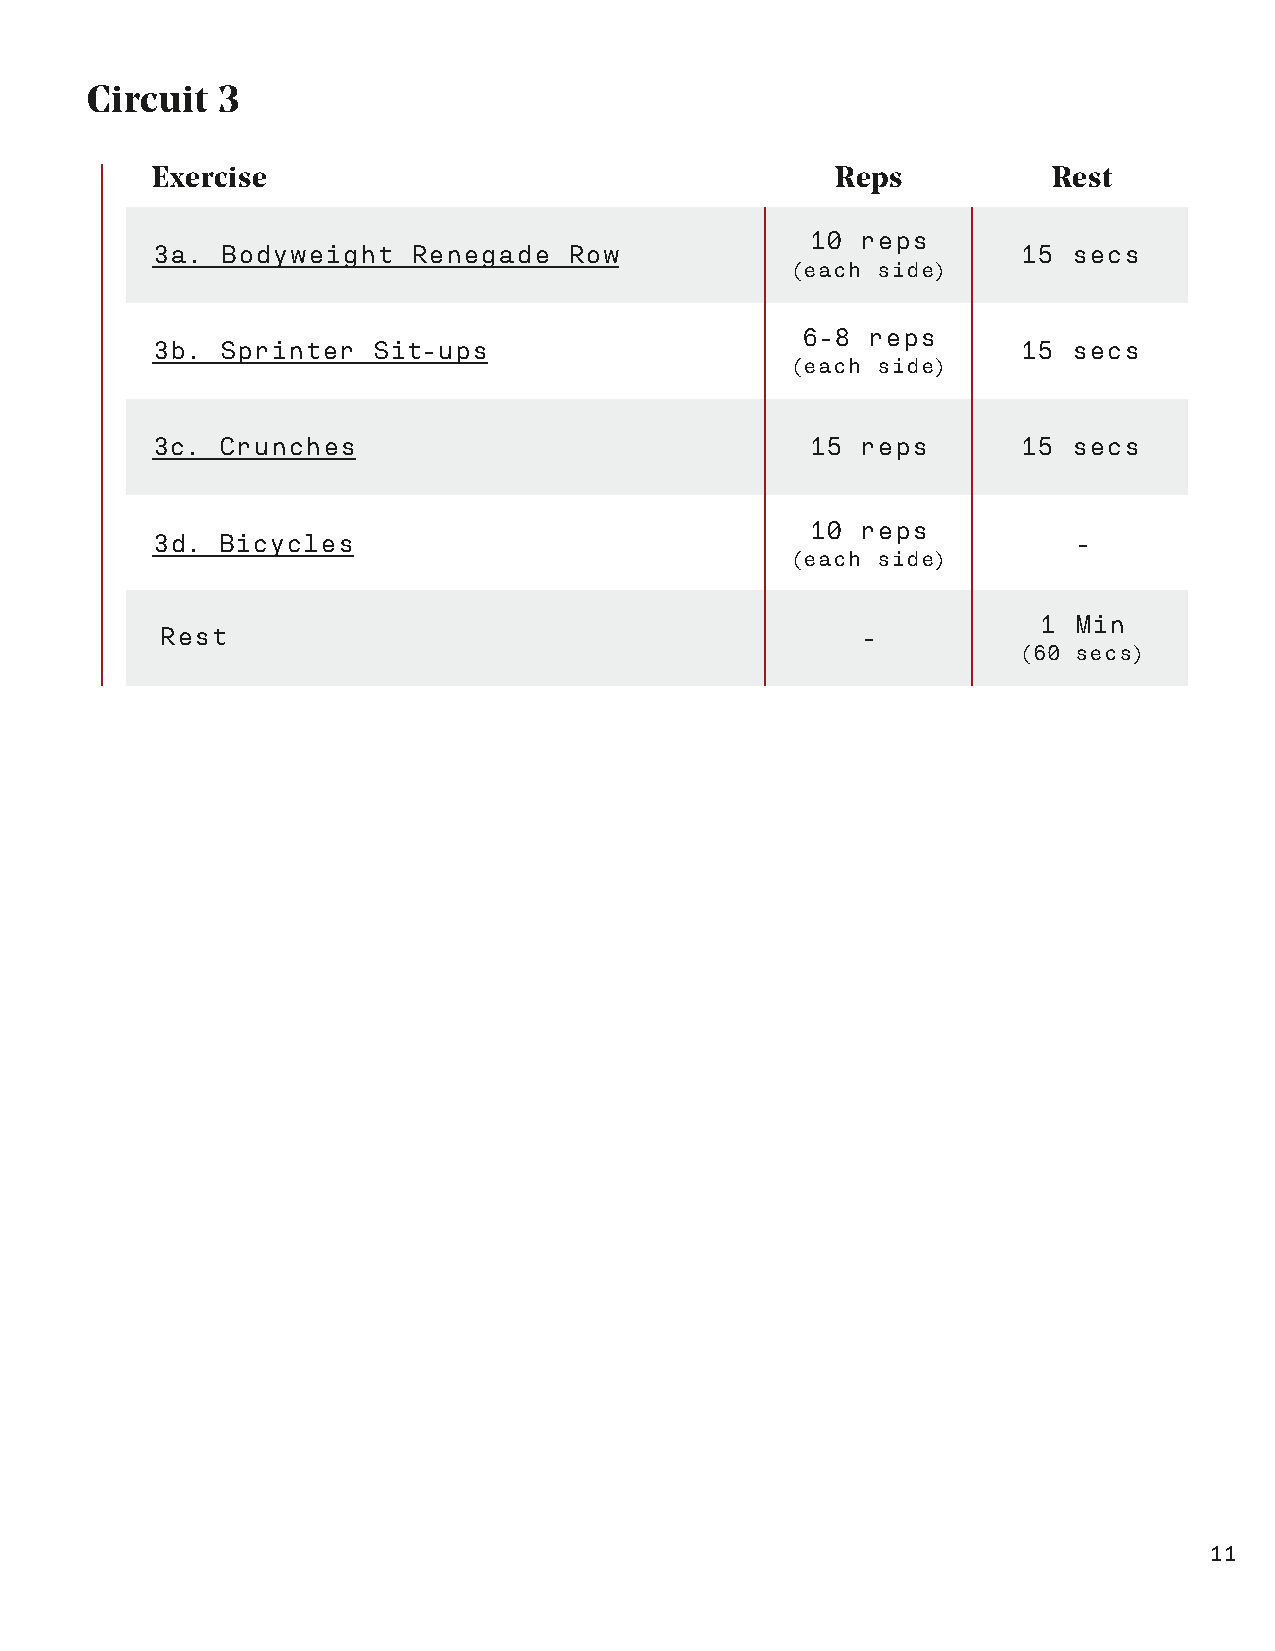
Circuit 3
 Exercise                                     Reps           Rest
 10 reps
 3a.  Bodyweight  Renegade   Row                           15 secs
 (each side)
 6-8 reps
 3b. Sprinter   Sit-ups                                    15 secs
 (each side)
 3c. Crunches                                15 reps       15 secs
 10 reps
 3d. Bicycles                                                 -
 (each side)
 1 Min
 Rest                                          -
 (60 secs)
 11